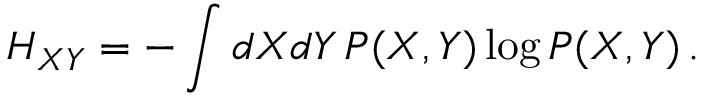
H _ { X Y } = - \int d X d Y \, P ( X , Y ) \log P ( X , Y ) \, .